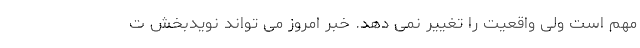
مهم است ولی واقعیت را تغییر نمی دهد. خبر امروز می تواند نویدبخش ت